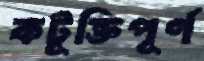
কটূক্তিপূর্ণ